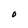
Character: O